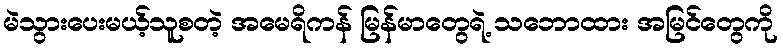
မဲသွားပေးမယ့်သူစတဲ့ အမေရိကန် မြန်မာတွေရဲ့ သဘောထား အမြင်တွေကို